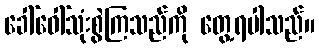
ခေါ်ဝေါ်သုံးစွဲကြသည်ကို တွေ့ရပါသည်။